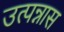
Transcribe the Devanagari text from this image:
उत्पन्नास